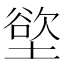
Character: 𫮟